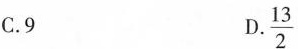
C.9 D.\frac{13}{2}